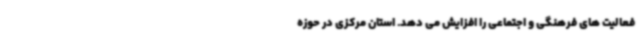
فعالیت های فرهنگی و اجتماعی را افزایش می دهد. استان مرکزی در حوزه